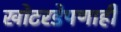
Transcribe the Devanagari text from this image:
खोटरडेपणाही